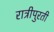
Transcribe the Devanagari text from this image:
रात्रीपुरती